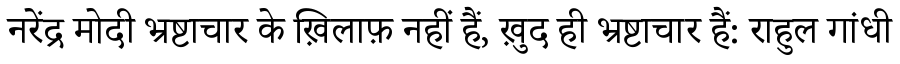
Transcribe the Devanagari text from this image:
नरेंद्र मोदी भ्रष्टाचार के ख़िलाफ़ नहीं हैं, ख़ुद ही भ्रष्टाचार हैं: राहुल गांधी